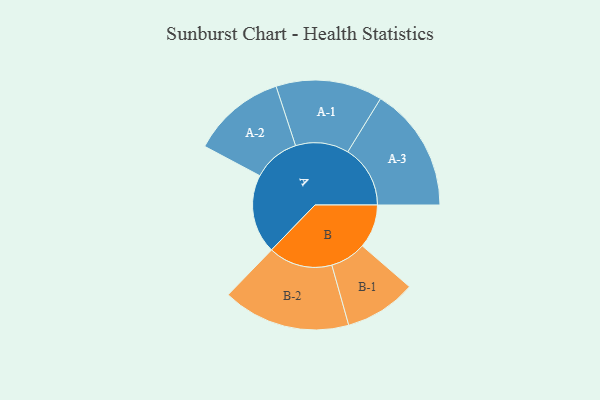
{"axis": {"x": "Segment", "y": "Value"}, "legend": ["", "A", "B"], "data": [{"x": "A", "y": 371, "type": ""}, {"x": "B", "y": 205, "type": ""}, {"x": "A-1", "y": 250, "type": "A"}, {"x": "A-2", "y": 220, "type": "A"}, {"x": "A-3", "y": 293, "type": "A"}, {"x": "B-1", "y": 168, "type": "B"}, {"x": "B-2", "y": 300, "type": "B"}]}